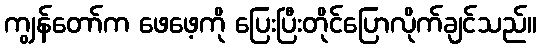
ကျွန်တော်က ဖေဖေ့ကို ပြေးပြီးတိုင်ပြောလိုက်ချင်သည်။